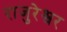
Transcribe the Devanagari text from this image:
राजुरेश्वर